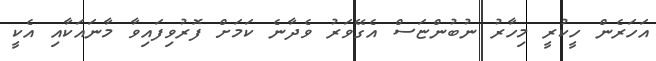
އަހަރެން ހީކުރީ މިހާރު ނުބުންޏަސް އެގޭވަރު ވެދާނެ ކަމަށް ފޮރުވިފައިވާ މާނައަކާއި އެކީ